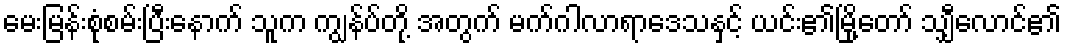
မေးမြန်းစုံစမ်းပြီးနောက် သူက ကျွန်ပ်တို့ အတွက် မက်ဂါလာရာဒေသနှင့် ယင်း၏မြို့တော် သျှီလောင်၏